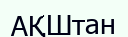
АҚШтан